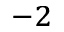
^ { - 2 }